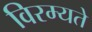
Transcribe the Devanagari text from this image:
विरम्यते